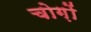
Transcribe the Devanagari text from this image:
चोग़ों